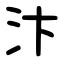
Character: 汴